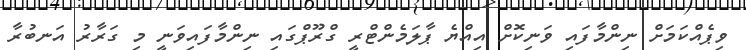
ވިޕެއްކަމަށް ނިންމާފައި ވަނިކޮށް އިއްޔެ ޕާލަމެންޓްރީ ގްރޫޕްގައި ނިންމާފައިވަނީ މި ގަރާރު އަނބުރާ